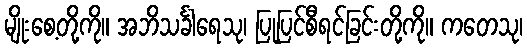
မျိုးစေ့တို့ကို။ အဘိသင်္ခါရေသု၊ ပြုပြင်စီရင်ခြင်းတို့ကို။ ကတေသု၊